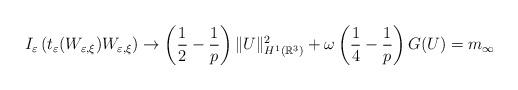
LaTeX: \begin{align*}I_{\varepsilon}\left(t_{\varepsilon}(W_{\varepsilon,\xi})W_{\varepsilon,\xi}\right)\rightarrow\left(\frac{1}{2}-\frac{1}{p}\right)\|U\|_{H^{1}(\mathbb{R}^{3})}^{2}+\omega\left(\frac{1}{4}-\frac{1}{p}\right)G(U)=m_{\infty}\end{align*}